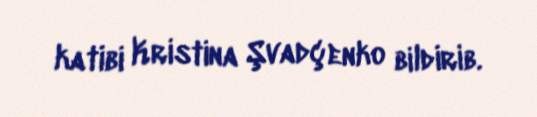
katibi Kristina Şvadçenko bildirib.